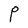
Character: P